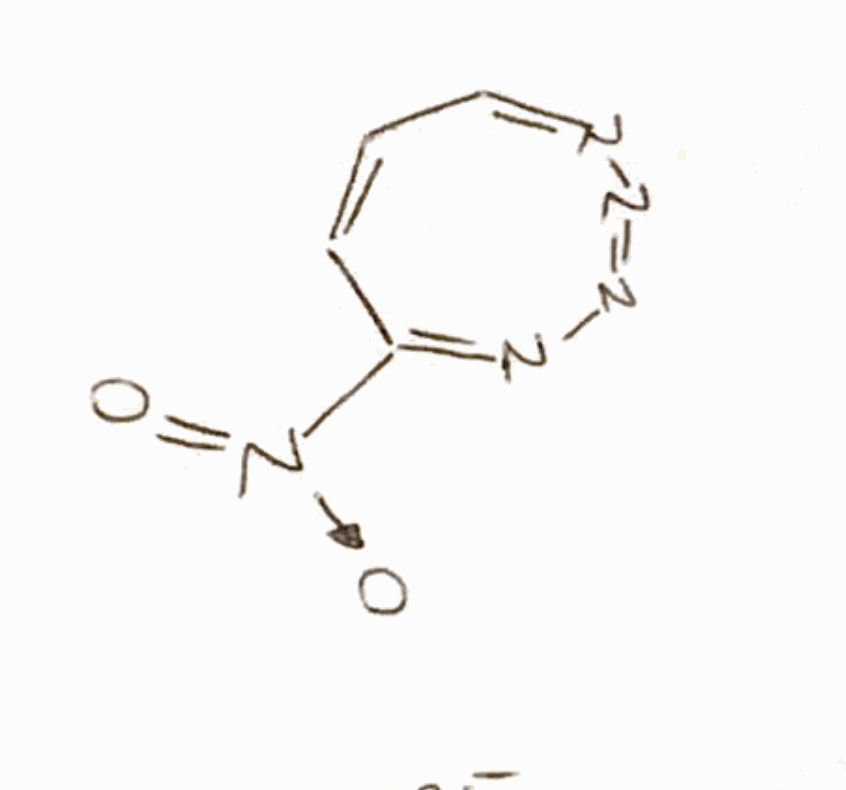
Simplified molecular-input line-entry system (SMILES) notation of the given molecule:
C\1=C\C(=N/N=N\N=C1)\[N+](=O)[O-]